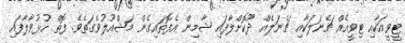
ޓީވީއަކާއި ޓިވީއެއް ޗެނަލަކާއި ޗެނަލެއް ދޫކޮށްލާފައި ޝާމިން އެފޮތައިގެން މަޝްއޫލުވެގަތެވެ. ފޮތް ހުޅުވާލާފައި